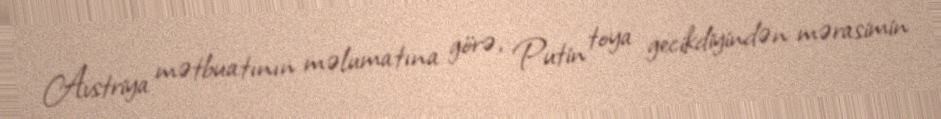
Avstriya mətbuatının məlumatına görə, Putin toya gecikdiyindən mərasimin